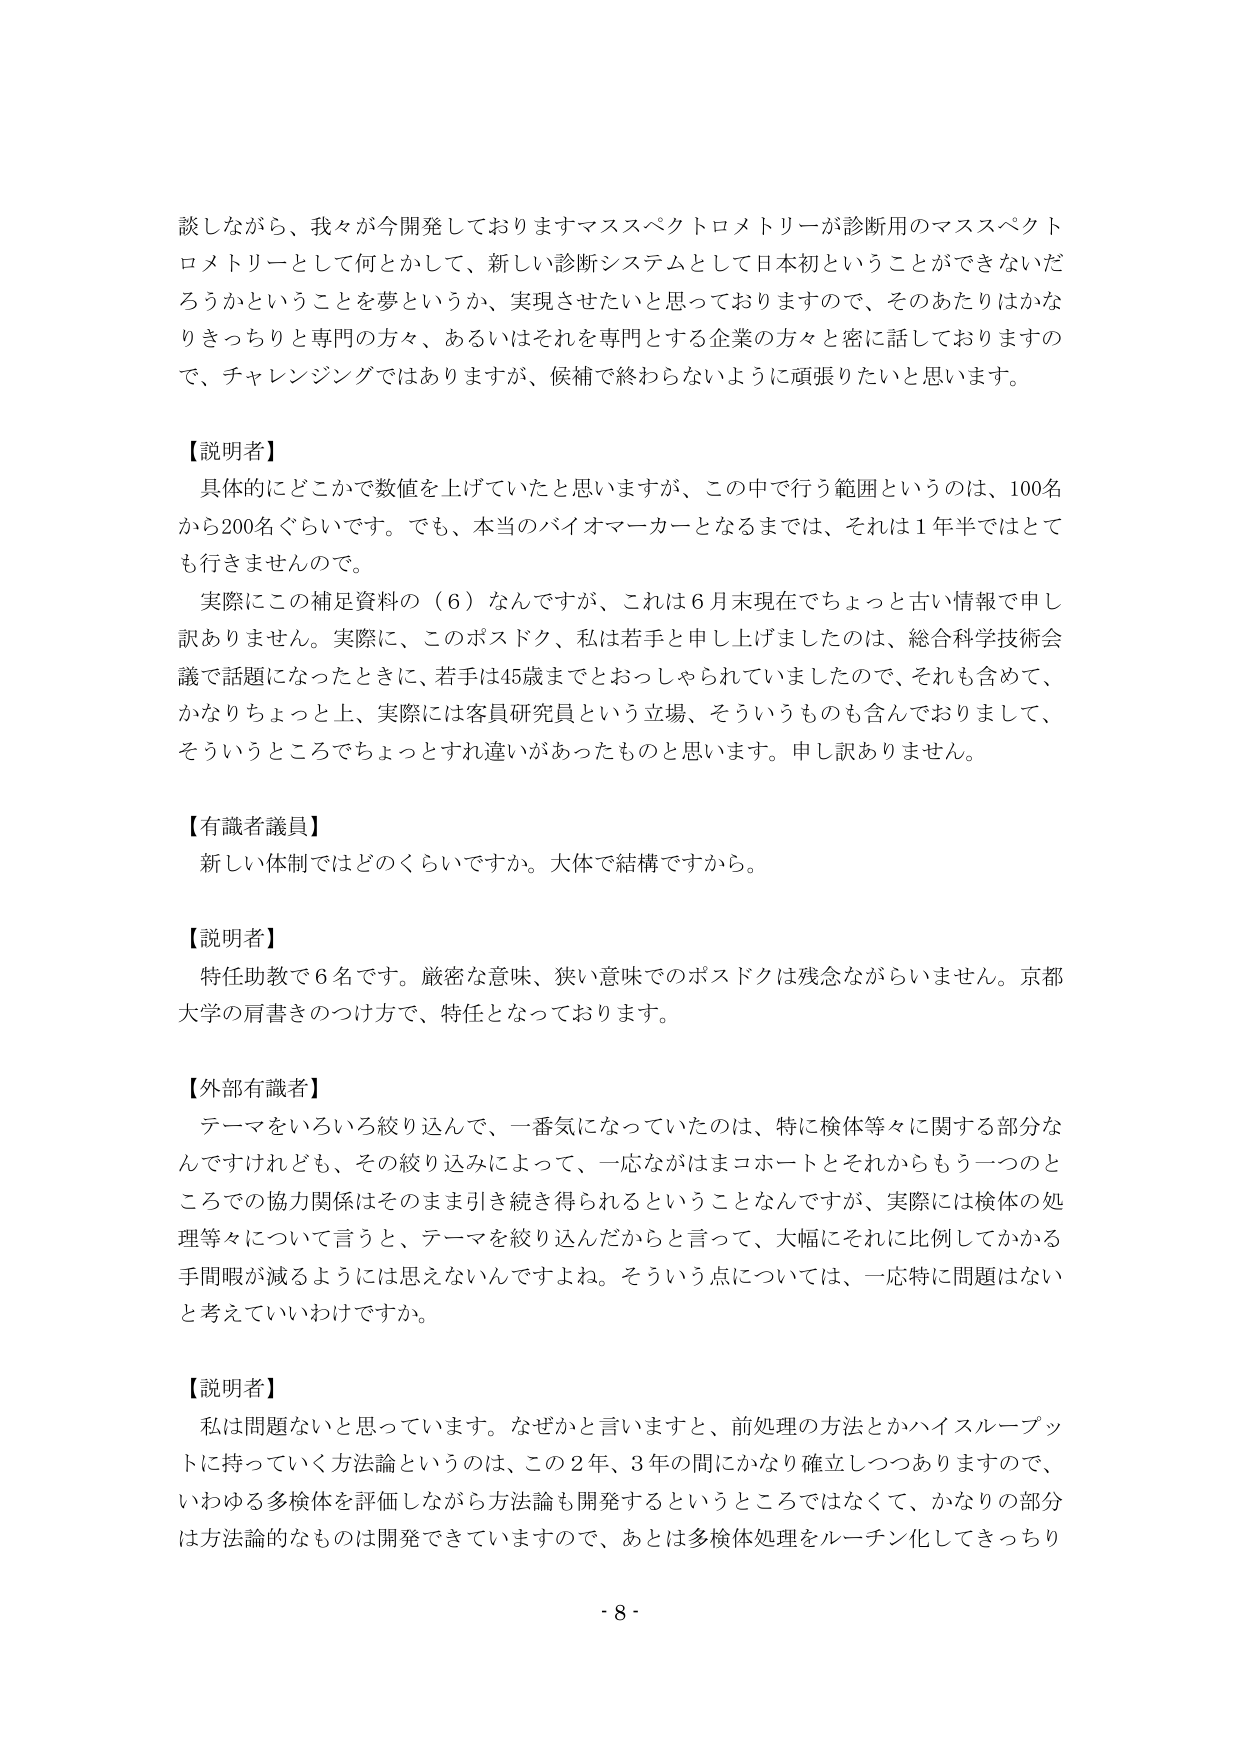
談しながら、我々が今開発しておりますマススペクトロメトリーが診断用のマススペクトロメトリーとして何とかして、新しい診断システムとして日本初ということができないだろうかということを夢というか、実現させたいと思っておりますので、そのあたりはかなりきっちりと専門の方々、あるいはそれを専門とする企業の方々と密に話しておりますので、チャレンジングではありますが、候補で終わらないように頑張りたいと思います。

【説明者】
具体的にどこかで数値を上げていたと思いますが、この中で行う範囲というのは、100名から200名ぐらいです。でも、本当のバイオマーカーとなるまでは、それは1年半ではとても行きませんので。
実際にこの補足資料の（6）なんですが、これは6月末現在でちょっと古い情報で申し訳ありません。実際に、このポスドク、私は若手と申し上げましたのは、総合科学技術会議で話題になったときに、若手は45歳までとおっしゃられていましたので、それも含めて、かなりちょっと上、実際には客員研究員という立場、そういうものも含んでおりまして、そういうところでもちょっとずれ違いがあったものと思います。申し訳ありません。

【有識者議員】
新しい体制ではどのくらいですか。大体で結構ですから。

【説明者】
特任助教で6名です。厳密な意味、狭い意味でのポスドクは残念ながらいません。京都大学の肩書きのつけ方で、特任となっております。

【外部有識者】
テーマをいろいろ絞り込んで、一番気になっていたのは、特に検体等々に関する部分なんですけれども、その絞り込みによって、一応ながはまコホートとそれからもう一つのところでの協力関係はそのまま引き続き得られるということなんですが、実際には検体の処理等々について言うと、テーマを絞り込んだからと言って、大幅にそれに比例してかかる手間暇が減るようには思えないんですよね。そういう点については、一応特に問題はないと考えていいわけですか。

【説明者】
私は問題ないと思っています。なぜかと言いますと、前処理の方法とかハイスループットに持っていく方法論というのは、この2年、3年の間にかなり確立しつつありますので、いわゆる多検体を評価しながら方法論も開発するというところではなくて、かなりの部分は方法論的なものは開発できていますので、あとは多検体処理をルーチン化してきっちり

- 8 -